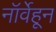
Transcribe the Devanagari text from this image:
नॉर्वेहून